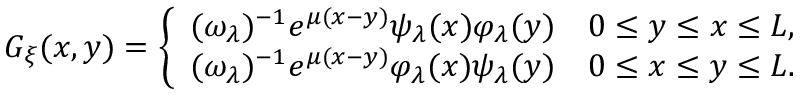
G _ { \xi } ( x , y ) = \left\{ \begin{array} { l l } { ( \omega _ { \lambda } ) ^ { - 1 } e ^ { \mu ( x - y ) } \psi _ { \lambda } ( x ) \varphi _ { \lambda } ( y ) } & { 0 \leq y \leq x \leq L , } \\ { ( \omega _ { \lambda } ) ^ { - 1 } e ^ { \mu ( x - y ) } \varphi _ { \lambda } ( x ) \psi _ { \lambda } ( y ) } & { 0 \leq x \leq y \leq L . } \end{array} \right.